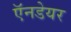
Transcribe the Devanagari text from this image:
ऍनडेयर